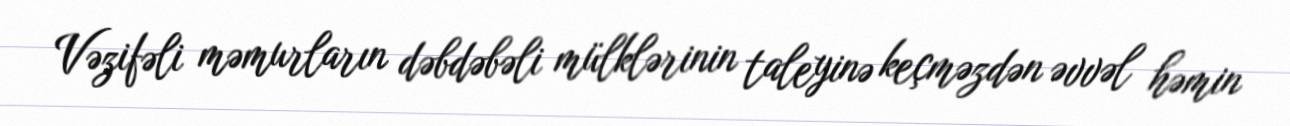
Vəzifəli məmurların dəbdəbəli mülklərinin taleyinə keçməzdən əvvəl həmin